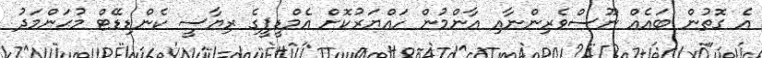
އެ ގޮތުން ބައެއް ނޫސްވެރިންނާއި އާންމުން ހައްޔަރުކޮށް އެމްޑީޕީގެ ރިޔާސީ ކެންޑިޑޭޓް މުޙަންމަދު